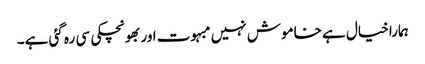
ہمارا خیال ہے خاموش نہیں مبہوت اور بھونچکی سی رہ گئی ہے۔